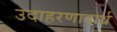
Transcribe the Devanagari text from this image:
उदाहरणादार्थ